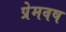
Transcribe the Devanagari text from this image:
प्रेमवष